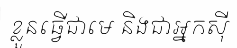
ខ្លួនធ្វើជាមេ និងជាអ្នកស៊ី